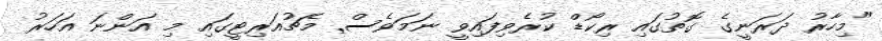
"މިހާރު ދަރަނީގެ ގޮތުގައި ރިކޯޑް ކުރެވިފައިވީ ނަމަވެސް